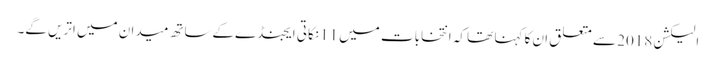
الیکشن 2018 سے متعلق ان کا کہنا تھا کہ انتخابات میں 11نکاتی ایجنڈےکےساتھ میدان میں اتریں گے۔